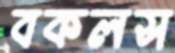
বকলস